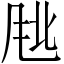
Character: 𬱹